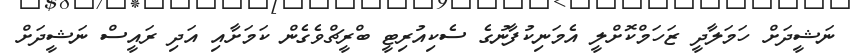
ނަޝީދަށް ހަމަލާދީ ޒަހަމްކޮށްލީ އެމަނިކުފާނުގެ ސެކިއުރިޓީ ބްރީޗްވެގެން ކަމަށާއި އަދި ރައީސް ނަޝީދަށް